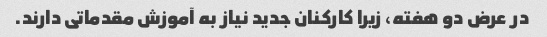
در عرض دو هفته، زیرا کارکنان جدید نیاز به آموزش مقدماتی دارند.